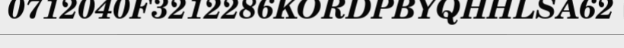
0712040F3212286KORDPBYQHHLSA62